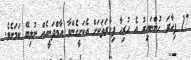
17 ފިހާރަ ހުންނައިރު އެ ހުރިހާ ފިހާރަތަކަށް އެކަށީގެންވާ އާމްދަނީއެއް ނުލިބޭ ކަމަށެވެ.